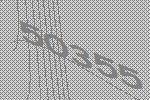
50355